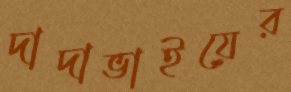
দাদাভাইয়ের